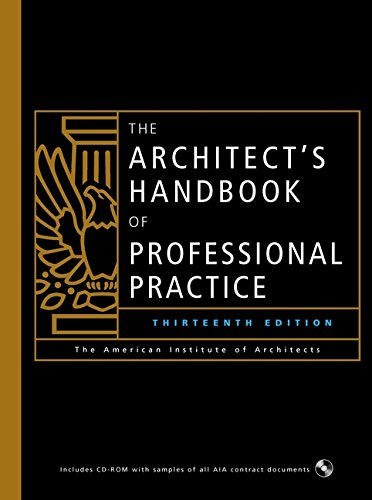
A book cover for The Architect's Handbook of Professional Practice, 13th Ed.; The American Institute of Architects; Arts & Photography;